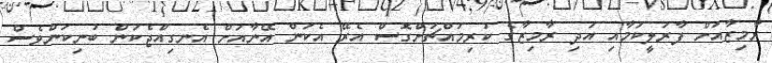
ރާމިޒާއަށް ފާރަލީކަމާއި އަދި ރާމިޒާގެ ކުރިމައްޗަށްގޮސް އެރޭ އެކަން އޭނާއަށް އެނގިއްޖެކަން ބުނިކަންވެސް